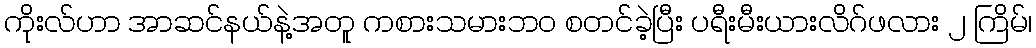
ကိုးလ်ဟာ အာဆင်နယ်နဲ့အတူ ကစားသမားဘဝ စတင်ခဲ့ပြီး ပရီးမီးယားလိဂ်ဖလား ၂ ကြိမ်၊